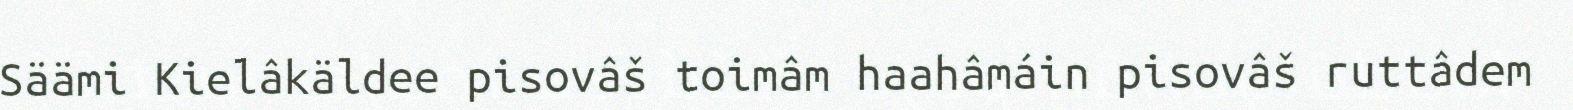
Säämi Kielâkäldee pisovâš toimâm haahâmáin pisovâš ruttâdem